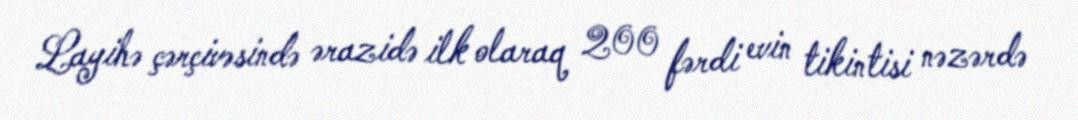
Layihə çərçivəsində ərazidə ilk olaraq 200 fərdi evin tikintisi nəzərdə